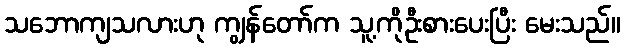
သဘောကျသလားဟု ကျွန်တော်က သူ့ကိုဦးစားပေးပြီး မေးသည်။